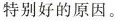
特别好的原因。